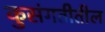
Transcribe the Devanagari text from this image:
कुसंगतीतील